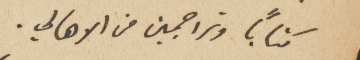
كتاباً وتراجمين من الاهالي.